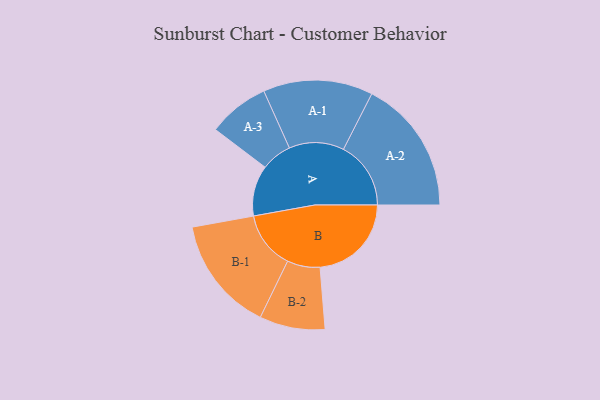
{"axis": {"x": "Segment", "y": "Value"}, "legend": ["", "A", "B"], "data": [{"x": "A", "y": 218, "type": ""}, {"x": "B", "y": 393, "type": ""}, {"x": "A-1", "y": 236, "type": "A"}, {"x": "A-2", "y": 290, "type": "A"}, {"x": "A-3", "y": 132, "type": "A"}, {"x": "B-1", "y": 248, "type": "B"}, {"x": "B-2", "y": 141, "type": "B"}]}